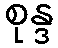
စုန္ဒ